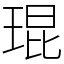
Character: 琨